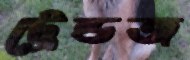
ট্রেন্ডজ